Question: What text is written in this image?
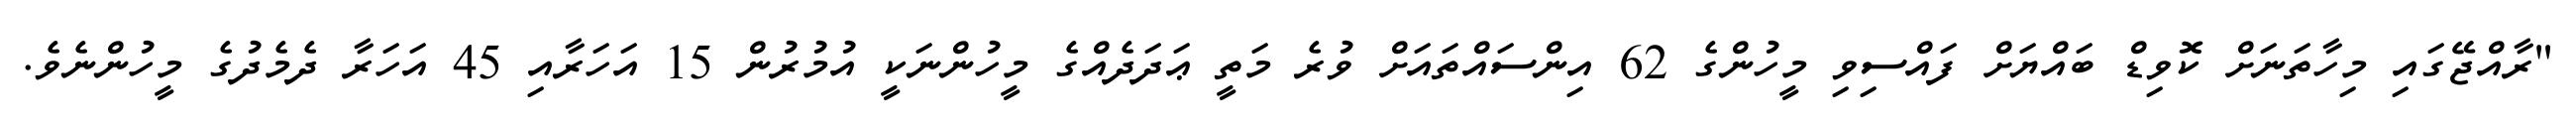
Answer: "ރާއްޖޭގައި މިހާތަނަށް ކޮވިޑް ބައްޔަށް ފައްސިވި މީހުންގެ 62 އިންސައްތައަށް ވުރެ މަތީ ޢަދަދެއްގެ މީހުންނަކީ އުމުރުން 15 އަހަރާއި 45 އަހަރާ ދެމެދުގެ މީހުންނެވެ.